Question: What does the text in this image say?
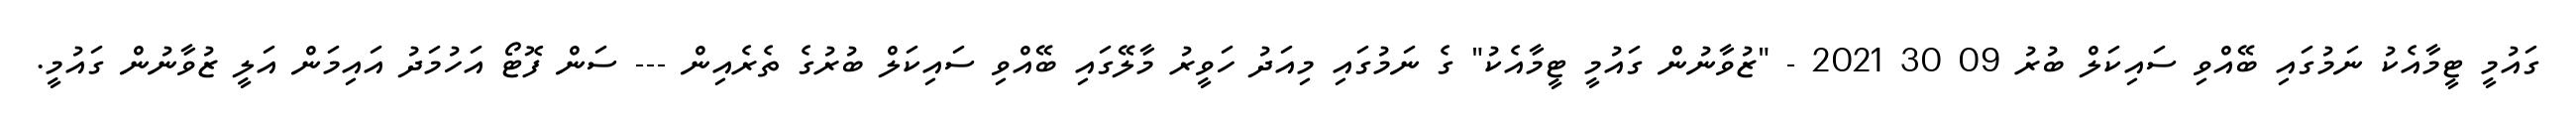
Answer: ގައުމީ ޓީމާއެކު ނަމުގައި ބޭއްވި ސައިކަލް ބުރު 09 30 2021 - "ޒުވާނުން ގައުމީ ޓީމާއެކު" ގެ ނަމުގައި މިއަދު ހަވީރު މާލޭގައި ބޭއްވި ސައިކަލް ބުރުގެ ތެރެއިން --- ސަން ފޮޓޯ އަހުމަދު އައިމަން އަލީ ޒުވާނުން ގައުމީ.